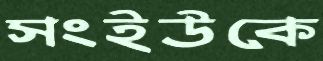
সংইউকে